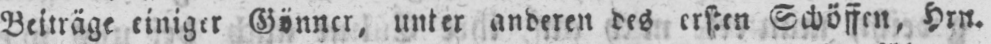
Beiträge einiger Gönner, unter anderen des ersten Schöffen, Hrn.